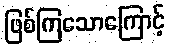
ဖြစ်ကြသောကြောင့်